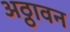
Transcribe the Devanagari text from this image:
अठ्ठावन